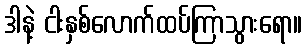
ဒါနဲ့ ငါးနှစ်လောက်ထပ်ကြာသွားရော။